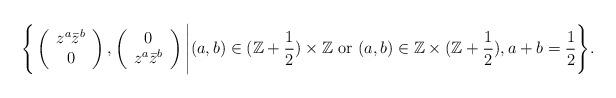
LaTeX: \begin{align*}\Bigg\{\left(\begin{array}{c}z^a\bar{z}^b\\0\end{array}\right),\left(\begin{array}{c}0\\z^a\bar{z}^b\end{array}\right)\Bigg|(a,b)\in (\mathbb{Z}+\frac{1}{2})\times\mathbb{Z} \mbox{ or } (a,b)\in \mathbb{Z}\times(\mathbb{Z}+\frac{1}{2}), a+b=\frac{1}{2}\Bigg\}.\end{align*}